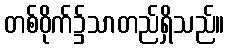
တစ်ဝိုက်၌သာတည်ရှိသည်။